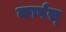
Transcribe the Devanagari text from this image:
कार्पस्